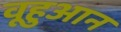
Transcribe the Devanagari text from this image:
वूहुआन